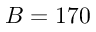
B = 1 7 0